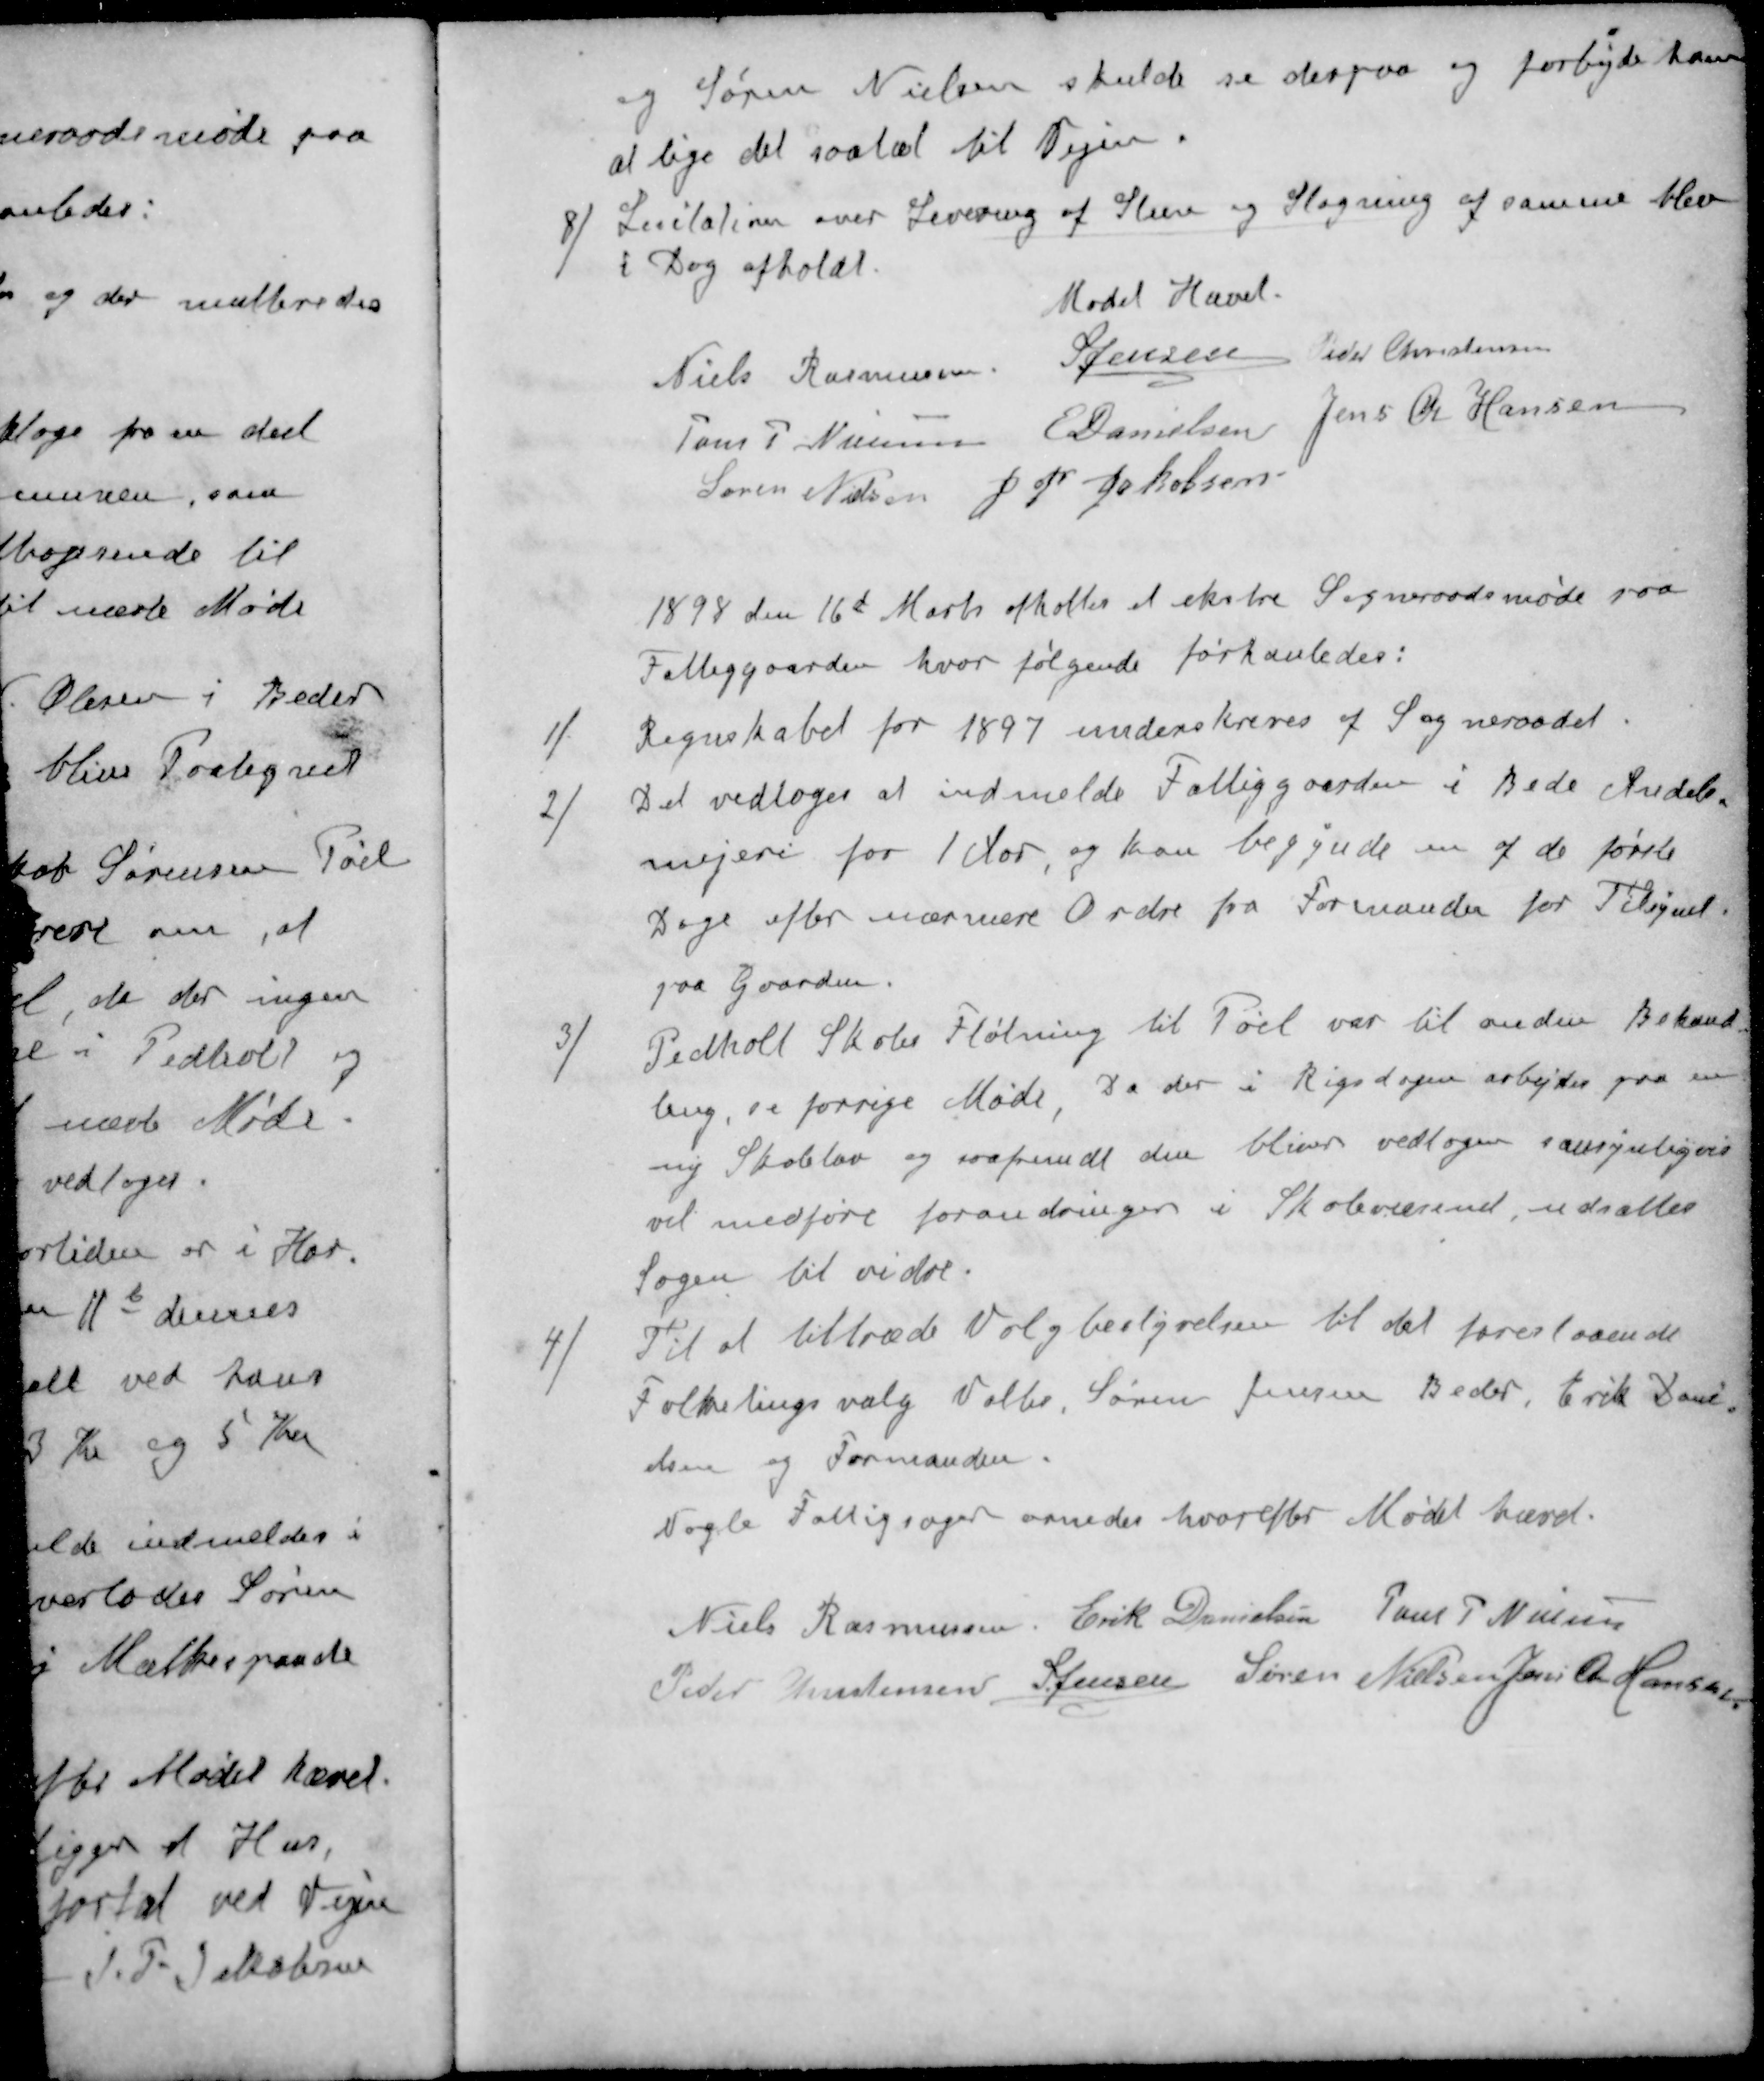
Transskription:
Søren Nielsen skulde se derpaa og forbyde ham
at lige det saatæt til Vejen.
8 ) Licitation over Levering af Steen og Slagning af samme blev
i Dag afholdt.
Mødet Hævet.
Niels Rasmussen.
S Jensen
Peder Christensen
Jens P. Nielsen
E Danielsen
Jens Chr Hansen
Søren Nielsen
J. P. Jakobsen
1898 den 16d Marts afholtes et ekstre Sogneraadsmøde paa
Fattiggaarden, hvor følgende forhanledes:
1 )Regnskabet for 1897 underskreves af Sogneraadet.
2 )Det vedtoges at indmelde Fattiggaarden i BedeR Andels-
mejeri for 1 Aar, og kan begynde en af de første
Dage efter nærmere Ordre fra Formanden for Tilsynet
paa Gaarden.
3 ) Pedholt Skoles Fløtning til Pøel var til anden Behand-
ling, se forrige Møde, Da der i Rigsdagen arbejdes paa en
ny Skolelov og saafremdt den bliver vedtogen samsynligvis
vil medføre forandringer i Skolevæsenet, udsættes
Sagen til vidre.
4 ) Til at tiltræde Valgbestyrelsen til det forestaaende
Folketingsvalg Valtes, Søren Jensen Beder, Erik Dani-
elsen og Formanden.
Nogle Fattigsager ornedes hvorefter Mødet hævet.
Niels Rasmussen
Erik Danielsen
Jens P Nielsen
Peder Kristensen
S Jensen
Søren Nielsen
Jens P Hansen